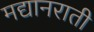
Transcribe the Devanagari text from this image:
मद्यानराती